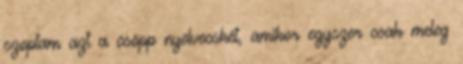
szoptam azt a csöpp nyelvecskét, amikor egyszer csak meleg